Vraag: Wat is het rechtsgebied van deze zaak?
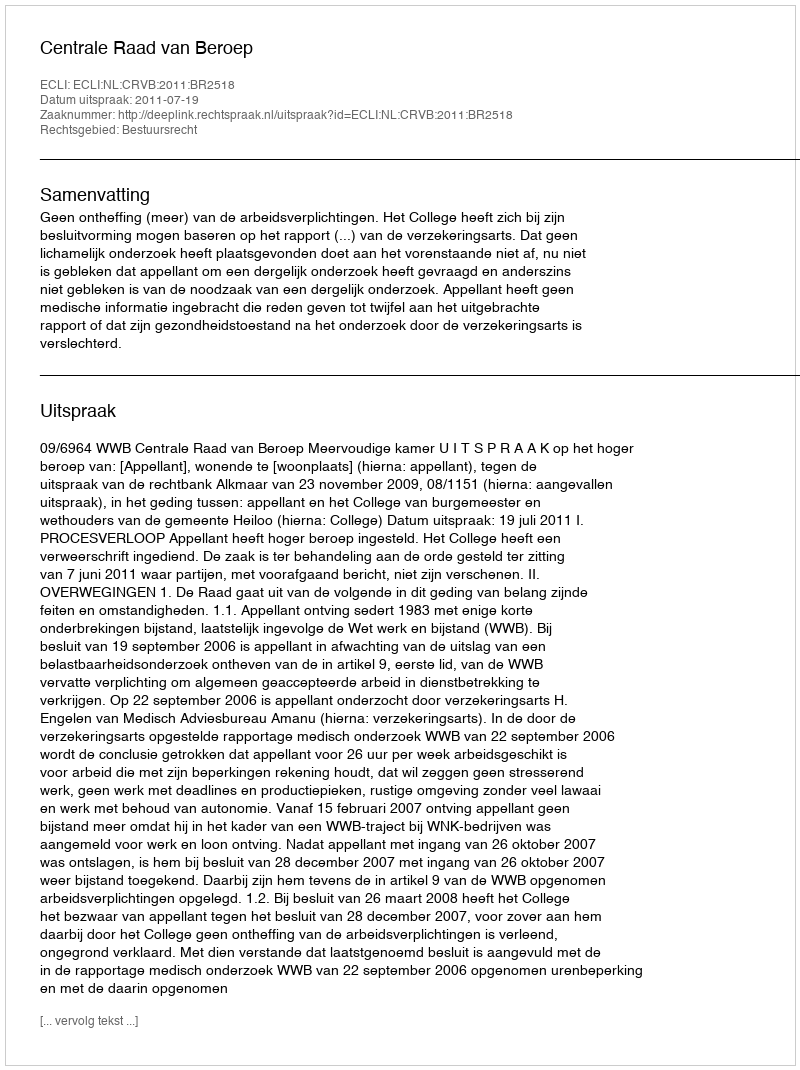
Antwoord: Bestuursrecht